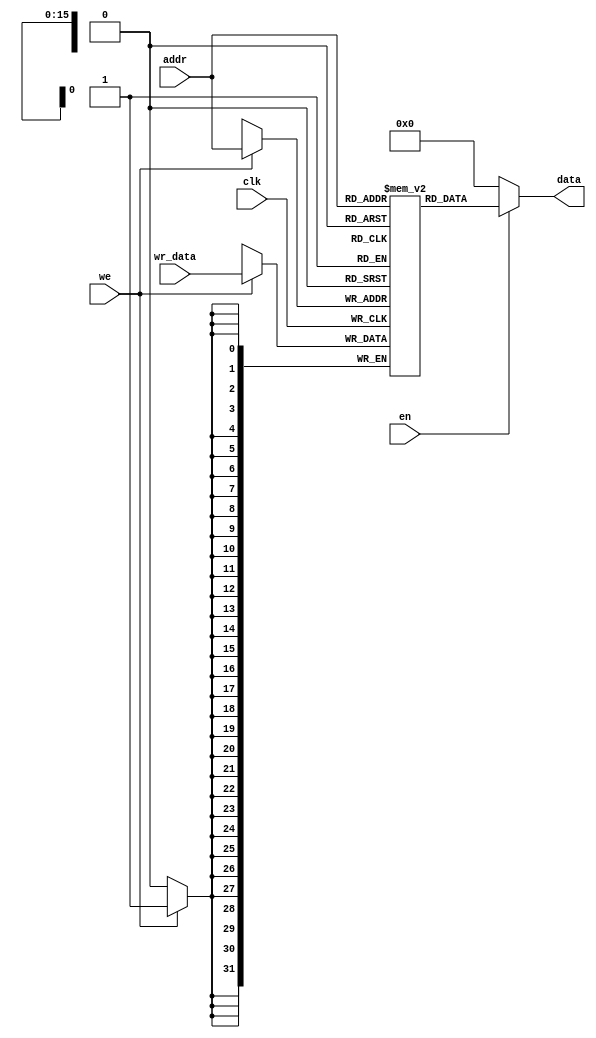
module sram #(
    parameter addr_width = 16,
    parameter data_width = 32
)(
    input en,
    input clk,
    input we,
    input [addr_width-1 : 0] addr,
    input [data_width-1 : 0] wr_data,
    output [data_width-1 : 0] data
);

reg [data_width-1 : 0] memory [0 : (1<<addr_width)-1];

always @(negedge clk) begin
    if(we)
        memory[addr] <= wr_data;
end

assign data = en ? memory[addr] : 0;

endmodule